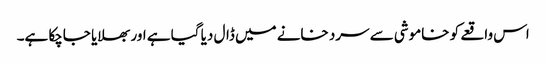
اس واقعے کو خاموشی سے سرد خانے میں ڈال دیا گیا ہے اور بھلایا جاچکا ہے۔